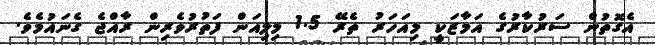
އެގޮތުން ސަރުކާރުގެ އަމާޒަކީ މިއަހަރު ތެރޭ 1.5 މިލިއަން ފަތުރުވެރިން ރާއްޖެ ގެނައުމެވެ.